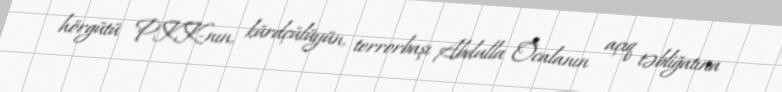
hörgütü PKK-nın, kürdçülüyün, terrorbaşı Abdulla Öcalanın açıq təbliğatına